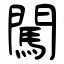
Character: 闖